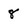
Character: 8